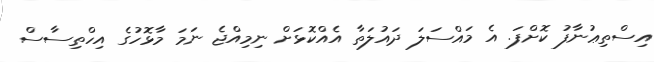
އިސްތިޢުނާފު ކޮށްފަ. އެ މައްސަލަ ދައުލަތާ އެއްކޮޅަށް ނިމިއްޖެ ނަމަ މާޅޮހުގެ އިހްތިސާސް